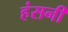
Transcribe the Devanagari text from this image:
हंसनी